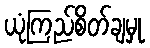
ယုံကြည်စိတ်ချမှု